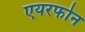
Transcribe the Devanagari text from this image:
एयरफोन